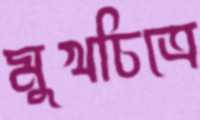
মুখচিত্রে